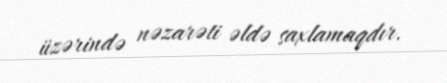
üzərində nəzarəti əldə saxlamaqdır.